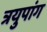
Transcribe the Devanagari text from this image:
त्रयुपांग